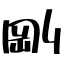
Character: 剛